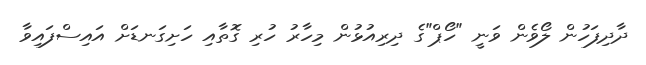
ދާދިފަހުން ލޯވެން ވަނީ "ހޯޕް"ގެ ދިރިއުޅުން މިހާރު ހުރި ގޮތާއި ހަށިގަނޑަށް އައިސްފައިވާ